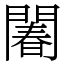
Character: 䦮